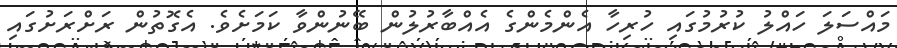
މައްސަލަ ހައްލު ކުރުމުގައި ހުރިހާ އެންމެންގެ އެއްބާރުލުން ބޭނުންވާ ކަމަށެވެ. އެގޮތުން ރަށްރަށުގައި